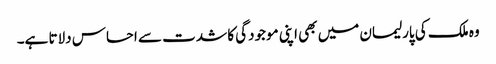
وہ ملک کی پارلیمان میں بھی اپنی موجودگی کا شدت سے احساس دلاتا ہے۔